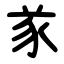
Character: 㒸